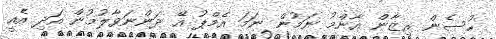
ހުސެން ރިޒާން އާންމު ނަމުން ނަމަ އެމްޕު އޭ ދަންނަވާލުމުން އަދި އެއީ